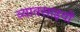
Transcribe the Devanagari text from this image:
व्यावसाइयों